DOW-UAP-D10, Mission Report, Middle East, May 2022
Agency: Department of War
Incident date: 5/6/22
Incident location: Iraq
Page 1
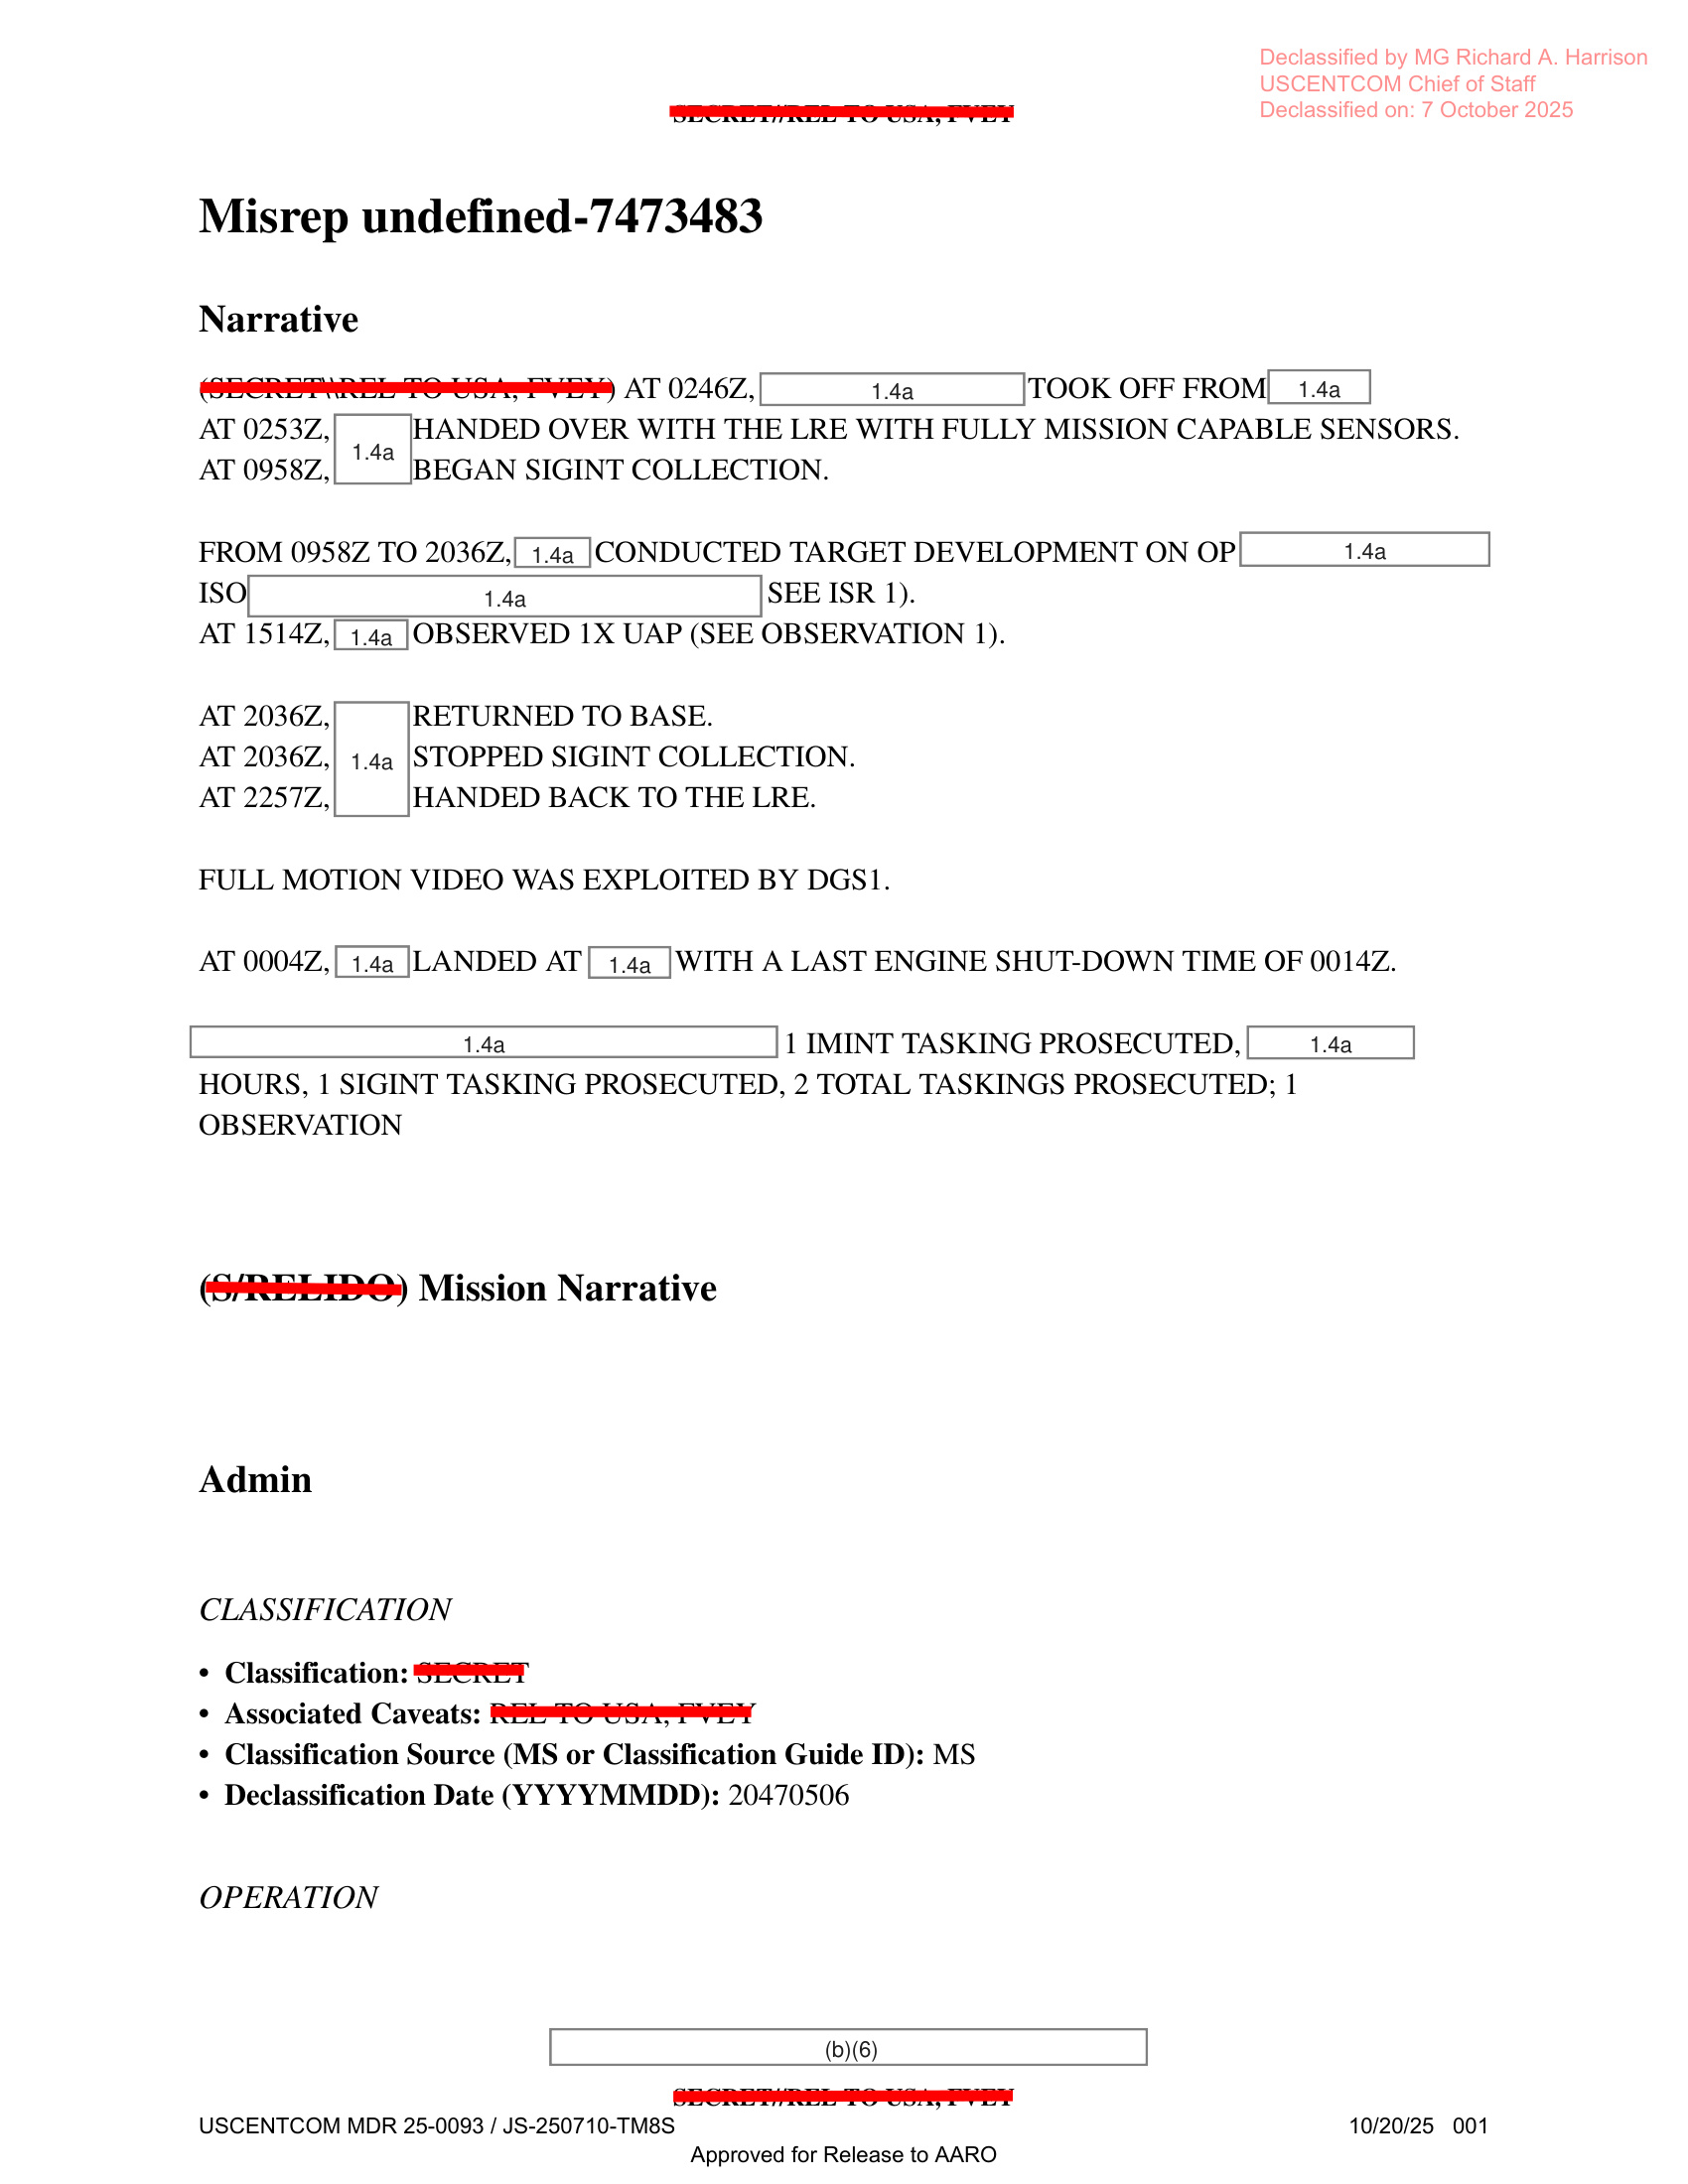